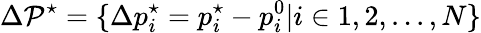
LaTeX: \Delta\mathcal{P}^{\star}=\{ \Delta p_{i}^{\star}=p_{i}^{\star}-p_{i}^{0}|i\in 1,2,...,N\}